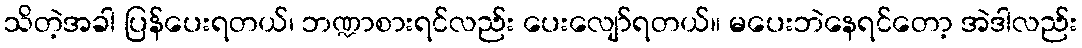
သိတဲ့အခါ ပြန်ပေးရတယ်၊ ဘဏ္ဍာစားရင်လည်း ပေးလျော်ရတယ်။ မပေးဘဲနေရင်တော့ အဲဒါလည်း